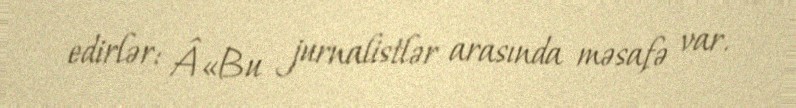
edirlər: Â«Bu jurnalistlər arasında məsafə var.